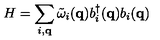
H = \sum _ { i , { \bf { q } } } { \tilde { \omega } } _ { i } ( { \bf { q } } ) b _ { i } ^ { \dagger } ( { \bf { q } } ) b _ { i } ( { \bf { q } } )